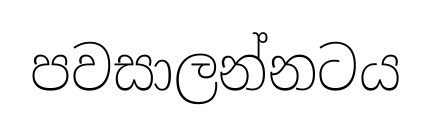
පවසාලන්නටය